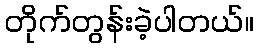
တိုက်တွန်းခဲ့ပါတယ်။